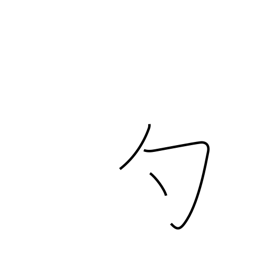
Meaning: dip